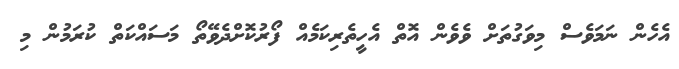
އެހެން ނަމަވެސް މިވަގުތަށް ވެވެން އޮތް އެހީތެރިކަމެއް ފޯރުކޮށްދެވޭތޯ މަސައްކަތް ކުރަމުން މި